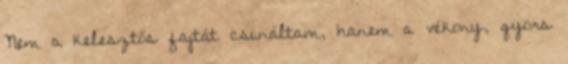
Nem a kelesztős fajtát csináltam, hanem a vékony, gyors